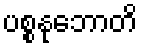
ပစ္စနုဘောတိ